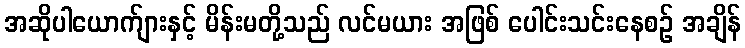
အဆိုပါယောက်ျားနှင့် မိန်းမတို့သည် လင်မယား အဖြစ် ပေါင်းသင်းနေစဉ် အချိန်